Leaving Certificate Examination, 1913
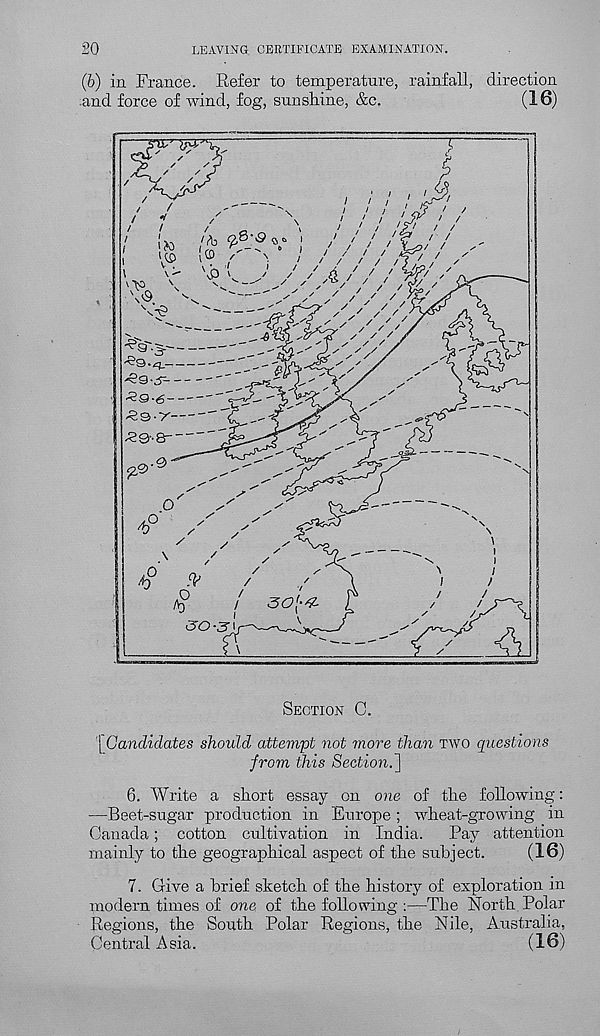
20
LEAVING CERTIFICATE EXAMINATION.
(6) in France. Refer to temperature, rainfall, direction
.and force of wind, fog, sunshine, &c.
(16)
SECTION C.
j Candidates should attempt not more than TWO questions
from this Section.']
6. Write a short essay on one of the following:
—Beet-sugar production in Europe ; wheat-growing in
Canada; cotton cultivation in India.
Pay attention
mainly to the geographical aspect of the subject.
(16)
7. Give a brief sketch of the history of exploration in
modern times of one of the following :— The North Polar
Regions, the South Polar Regions, the Nile, Australia,
Central Asia.
(16)